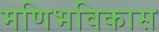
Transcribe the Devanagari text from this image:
मणिभविकास